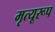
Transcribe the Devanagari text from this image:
मृत्यूरूप